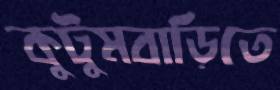
কুটুমবাড়িতে